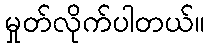
မှုတ်လိုက်ပါတယ်။